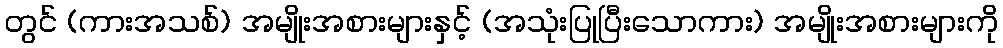
တွင် (ကားအသစ်) အမျိုးအစားများနှင့် (အသုံးပြုပြီးသောကား) အမျိုးအစားများကို